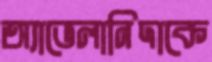
অ্যাভেলানিদাকে